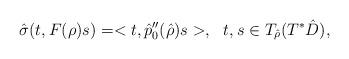
LaTeX: \begin{align*}\hat\sigma(t,F(\rho)s)=<t,\hat p_0''(\hat\rho)s>,\ \ t, s\in T_{\hat\rho}(T^*\hat D),\end{align*}